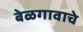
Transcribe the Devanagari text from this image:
बेळगावाचे